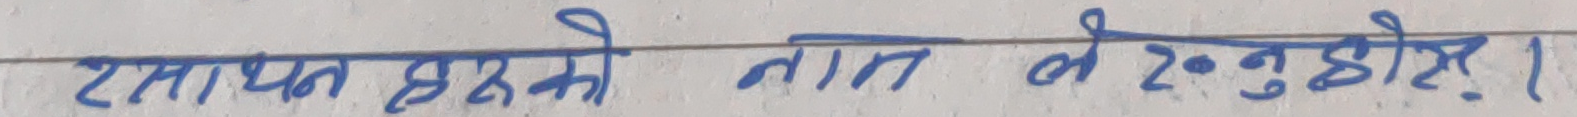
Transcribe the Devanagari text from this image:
रसायन हरुको नाम लेख्नुहोस् ।